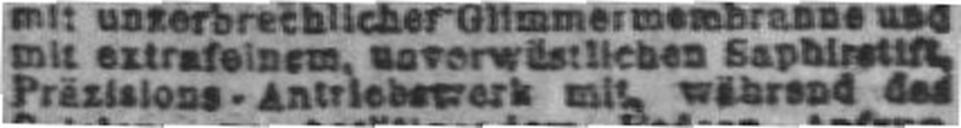
Präzisions - Antriebswerk mit während des